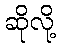
ဆိုလို့